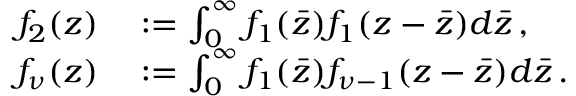
\begin{array} { r l } { f _ { 2 } ( z ) } & { { } : = \int _ { 0 } ^ { \infty } f _ { 1 } ( \bar { z } ) f _ { 1 } ( z - \bar { z } ) d \bar { z } \, , } \\ { f _ { \nu } ( z ) } & { { } : = \int _ { 0 } ^ { \infty } f _ { 1 } ( \bar { z } ) f _ { \nu - 1 } ( z - \bar { z } ) d \bar { z } \, . } \end{array}